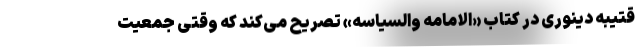
قتیبه دینوری در کتاب «الامامه والسیاسه» تصریح می‌کند که وقتی جمعیت